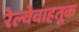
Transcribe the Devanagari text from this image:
रेल्वेवाहतूक